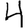
Digit: 4